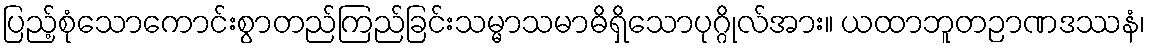
ပြည့်စုံသောကောင်းစွာတည်ကြည်ခြင်းသမ္မာသမာဓိရှိသောပုဂ္ဂိုလ်အား။ ယထာဘူတဉာဏဒဿနံ၊